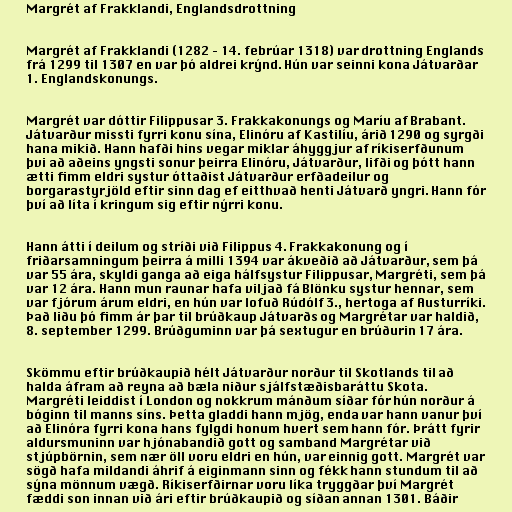
Margrét af Frakklandi, Englandsdrottning

Margrét af Frakklandi (1282 – 14. febrúar 1318) var drottning Englands
frá 1299 til 1307 en var þó aldrei krýnd. Hún var seinni kona Játvarðar
1. Englandskonungs.

Margrét var dóttir Filippusar 3. Frakkakonungs og Maríu af Brabant.
Játvarður missti fyrri konu sína, Elinóru af Kastilíu, árið 1290 og syrgði
hana mikið. Hann hafði hins vegar miklar áhyggjur af ríkiserfðunum
þvi að aðeins yngsti sonur þeirra Elinóru, Játvarður, lifði og þótt hann
ætti fimm eldri systur óttaðist Játvarður erfðadeilur og
borgarastyrjöld eftir sinn dag ef eitthvað henti Játvarð yngri. Hann fór
því að líta í kringum sig eftir nýrri konu.

Hann átti í deilum og stríði við Filippus 4. Frakkakonung og í
friðarsamningum þeirra á milli 1394 var ákveðið að Játvarður, sem þá
var 55 ára, skyldi ganga að eiga hálfsystur Filippusar, Margréti, sem þá
var 12 ára. Hann mun raunar hafa viljað fá Blönku systur hennar, sem
var fjórum árum eldri, en hún var lofuð Rúdólf 3., hertoga af Austurríki.
Það liðu þó fimm ár þar til brúðkaup Játvarðs og Margrétar var haldið,
8. september 1299. Brúðguminn var þá sextugur en brúðurin 17 ára.

Skömmu eftir brúðkaupið hélt Játvarður norður til Skotlands til að
halda áfram að reyna að bæla niður sjálfstæðisbaráttu Skota.
Margréti leiddist í London og nokkrum mánðum síðar fór hún norður á
bóginn til manns síns. Þetta gladdi hann mjög, enda var hann vanur því
að Elinóra fyrri kona hans fylgdi honum hvert sem hann fór. Þrátt fyrir
aldursmuninn var hjónabandið gott og samband Margrétar við
stjúpbörnin, sem nær öll voru eldri en hún, var einnig gott. Margrét var
sögð hafa mildandi áhrif á eiginmann sinn og fékk hann stundum til að
sýna mönnum vægð. Ríkiserfðirnar voru líka tryggðar því Margrét
fæddi son innan við ári eftir brúðkaupið og síðan annan 1301. Báðir